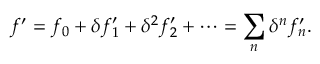
f ^ { \prime } = f _ { 0 } + \delta f _ { 1 } ^ { \prime } + \delta ^ { 2 } f _ { 2 } ^ { \prime } + \cdots = \sum _ { n } \delta ^ { n } f _ { n } ^ { \prime } .